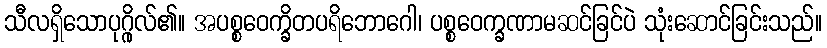
သီလရှိသောပုဂ္ဂိုလ်၏။ အပစ္စဝေက္ခိတပရိဘောဂေါ၊ ပစ္စဝေက္ခဏာမဆင်ခြင်ပဲ သုံးဆောင်ခြင်းသည်။